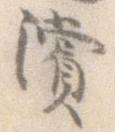
浜